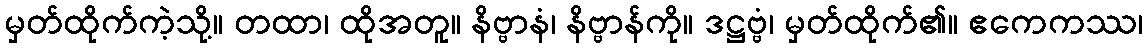
မှတ်ထိုက်ကဲ့သို့။ တထာ၊ ထိုအတူ။ နိဗ္ဗာနံ၊ နိဗ္ဗာန်ကို။ ဒဋ္ဌဗ္ဗံ၊ မှတ်ထိုက်၏။ ဧကေကဿ၊